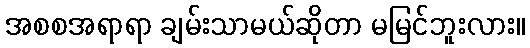
အစစအရာရာ ချမ်းသာမယ်ဆိုတာ မမြင်ဘူးလား။